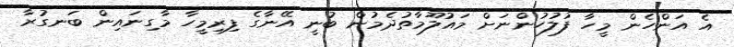
އެ އަންހެން މީހާ ފުލުހުންނަށް މައުލޫމާތުދެމުން ބުނީ އޭނާގެ ފިރިމީހާ މާގިނައިން ބަނގުރާ